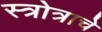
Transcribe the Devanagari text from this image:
स्त्रोत्राचे